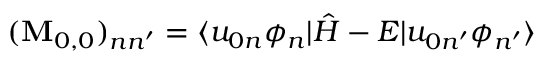
( \mathbf { M } _ { 0 , 0 } ) _ { n n ^ { \prime } } = \langle u _ { 0 n } \phi _ { n } | \hat { H } - E | u _ { 0 n ^ { \prime } } \phi _ { n ^ { \prime } } \rangle